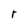
Character: r